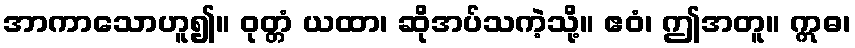
အာကာသောဟူ၍။ ဝုတ္တံ ယထာ၊ ဆိုအပ်သကဲ့သို့။ ဧဝံ၊ ဤအတူ။ ဣဓ၊